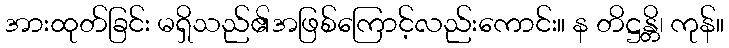
အားထုတ်ခြင်း မရှိသည်၏အဖြစ်ကြောင့်လည်းကောင်း။ န တိဋ္ဌန္တိ၊ ကုန်။